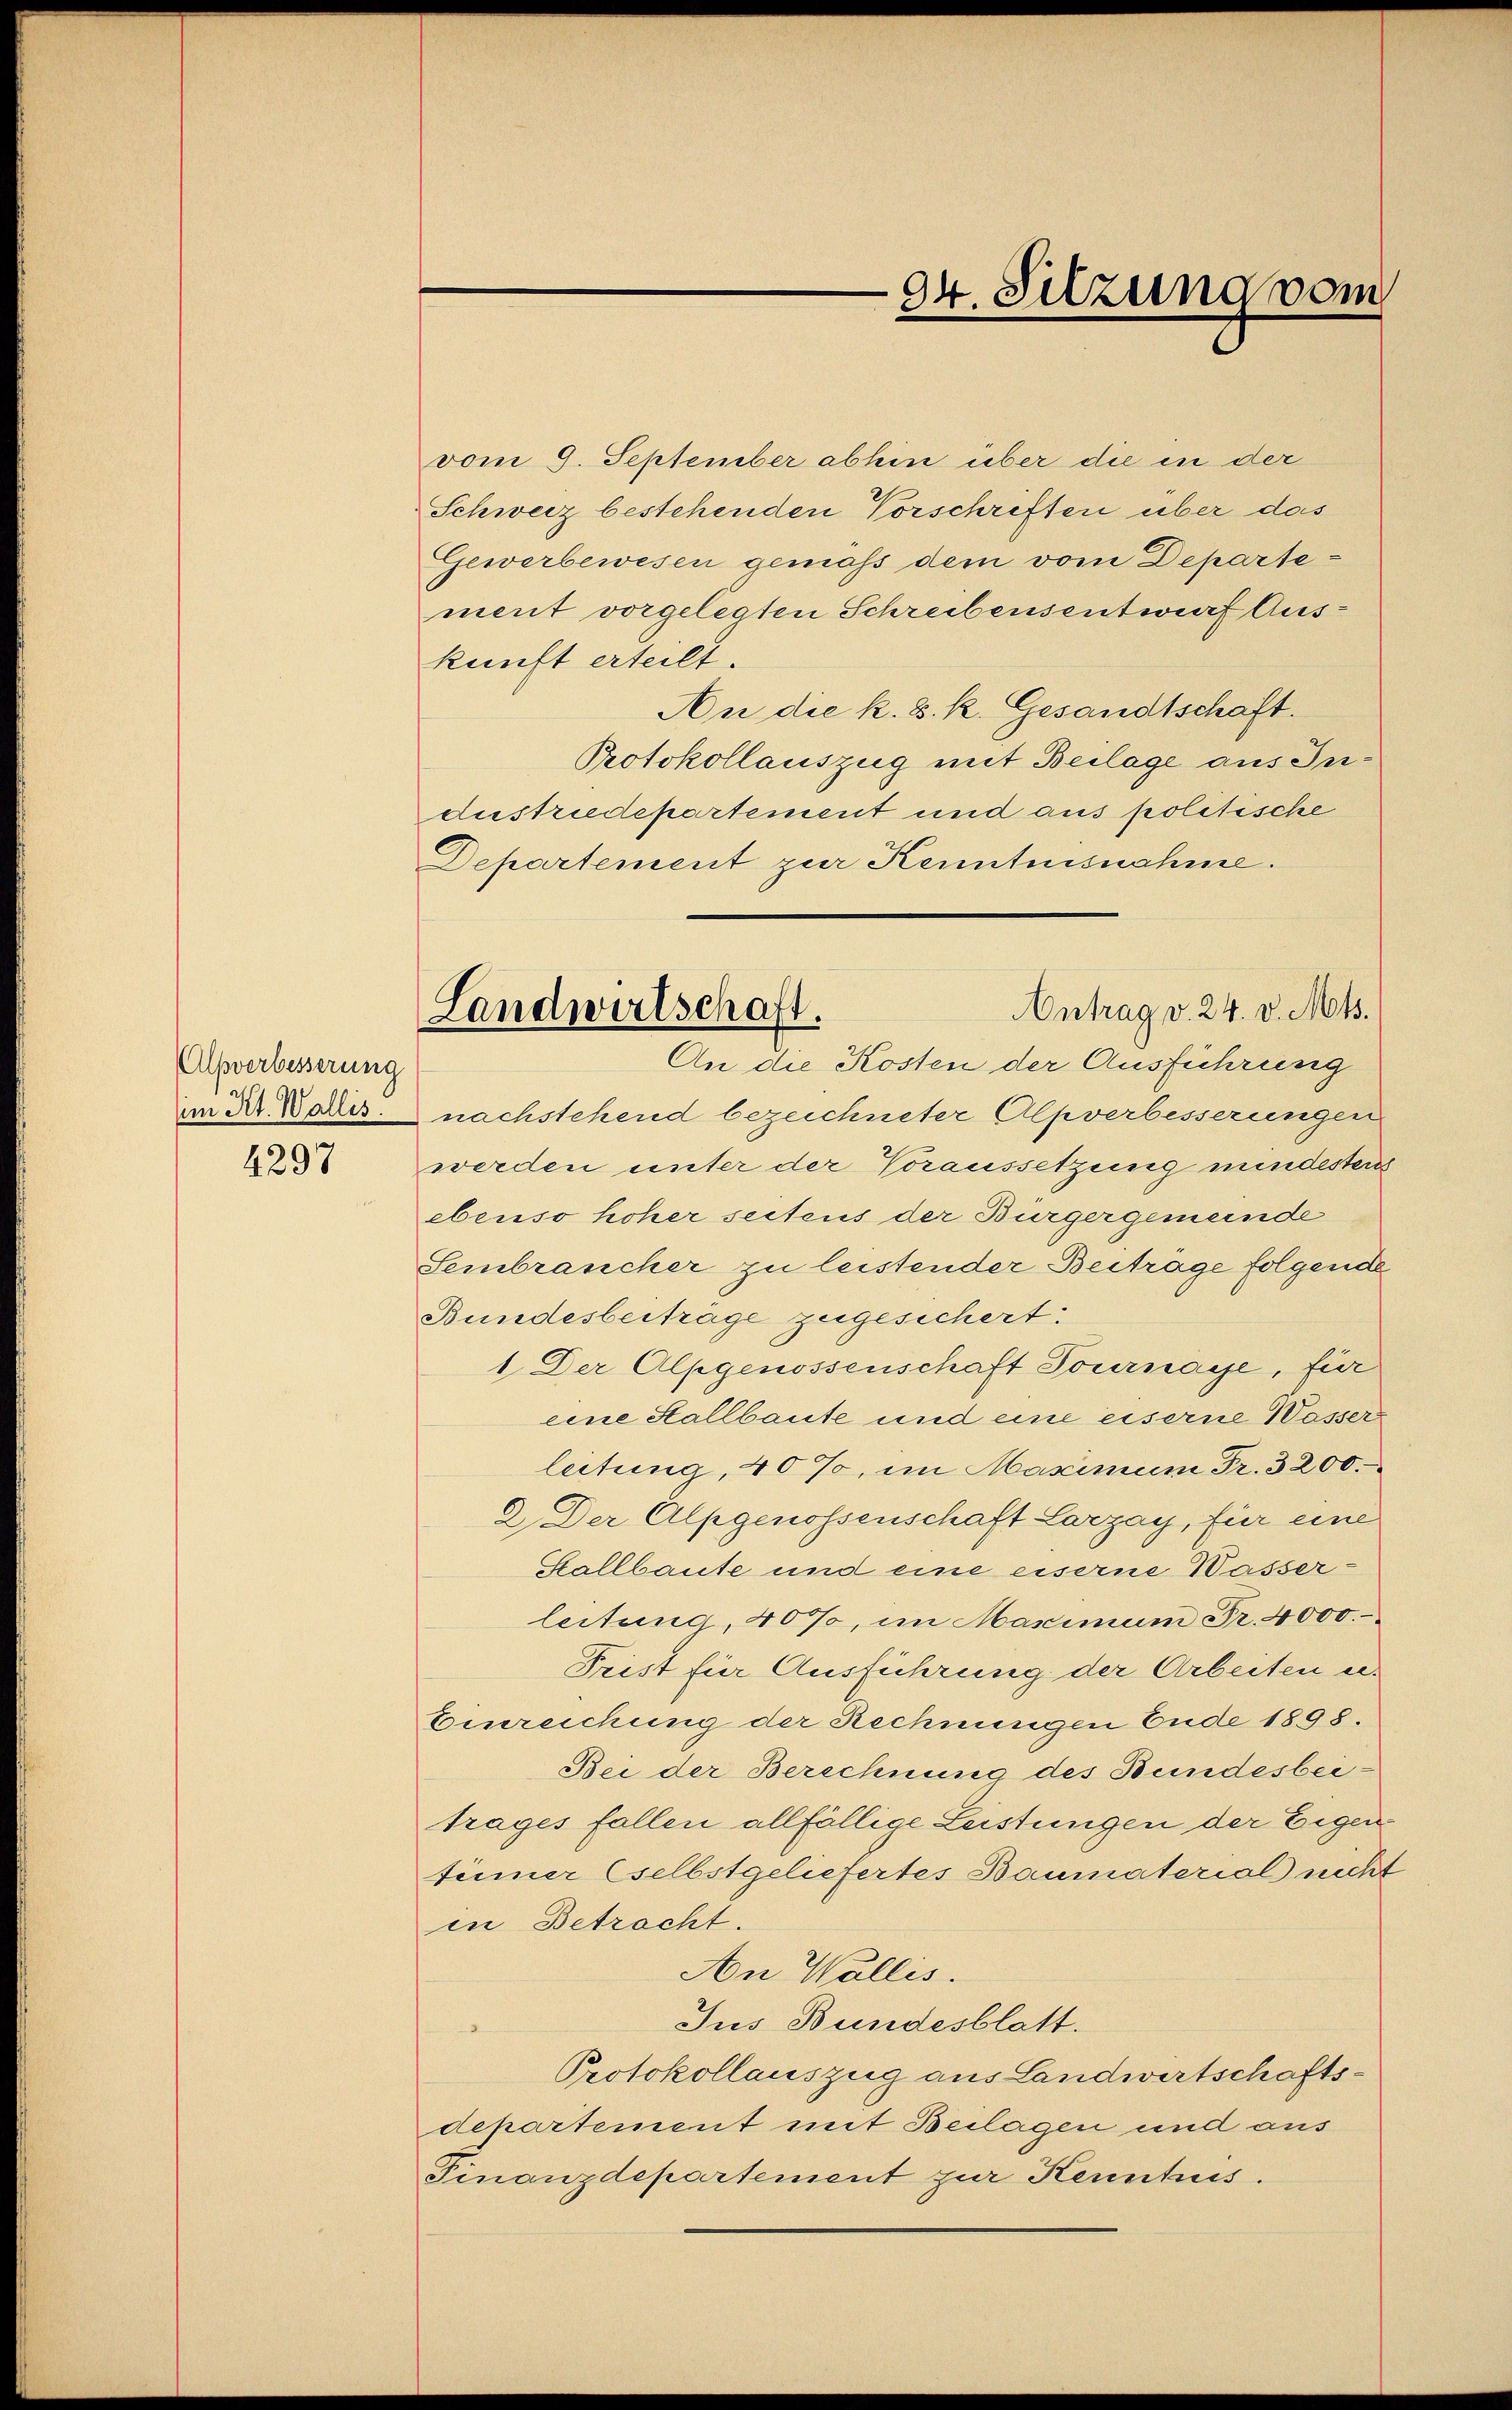
Alpverbesserung
im Kt. Wallis.
4297

e
94 Sitzung vom

Antrag v. 24. v. Mts.
Landwirtschaft.
An die Kosten der Ausführung

vom 9. September abhin über die in der
Schweiz bestehenden Vorschriften über das
Gewerbewesen gemäß dem vom Departement vorgelegten Schreibensentwurf Auskunft erteilt.
An die k. k. k. Gesandtschaft.
Protokollauszug mit Beilage aus Inaustriedepartement und aus politische
Departement zur Kenntnisnahme.
nachstehend bezeichneter Alpverbesserungen
werden unter der Voraussetzung mindestens
ebenso hoher seitens der Bürgergemeinde
Sembrancher zu leistender Beitrage folgende
Bundesbeitrage zugesichert:
1. Der Alpgenossenschaft Tournaye, für
eine Stallbaute und eine eiserne Wasser
leitung, 40%, im Maximum Fr. 3200.
2. Der Alpgenossenschaft Larzay, für eine
Stallbaute und eine eiserne Wasserleitung, 40%, im Maximum Fr. 4000.-
Trist für Ausführung der Arbeiten u.
Einreichung der Rechnungen Ende 1898.
Bei der Berechnung des Bundesbeitrages fallen allfällige Leistungen der Eigen
tinner selbstgeliefertes Baumaterial nicht
in Betracht.
An Wallis.
Jus Bundesblatt.
Protokollauszug aus Landwirtschaftsdepartement mit Beilagen und aus
Finanzdepartement zur Kenntus.